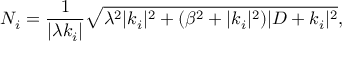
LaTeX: { \cal N } _ { i } = \frac { 1 } { | \lambda k _ { i } | } \sqrt { \lambda ^ { 2 } | k _ { i } | ^ { 2 } + ( \beta ^ { 2 } + | k _ { i } | ^ { 2 } ) | D + k _ { i } | ^ { 2 } } ,